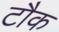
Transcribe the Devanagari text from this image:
टौक